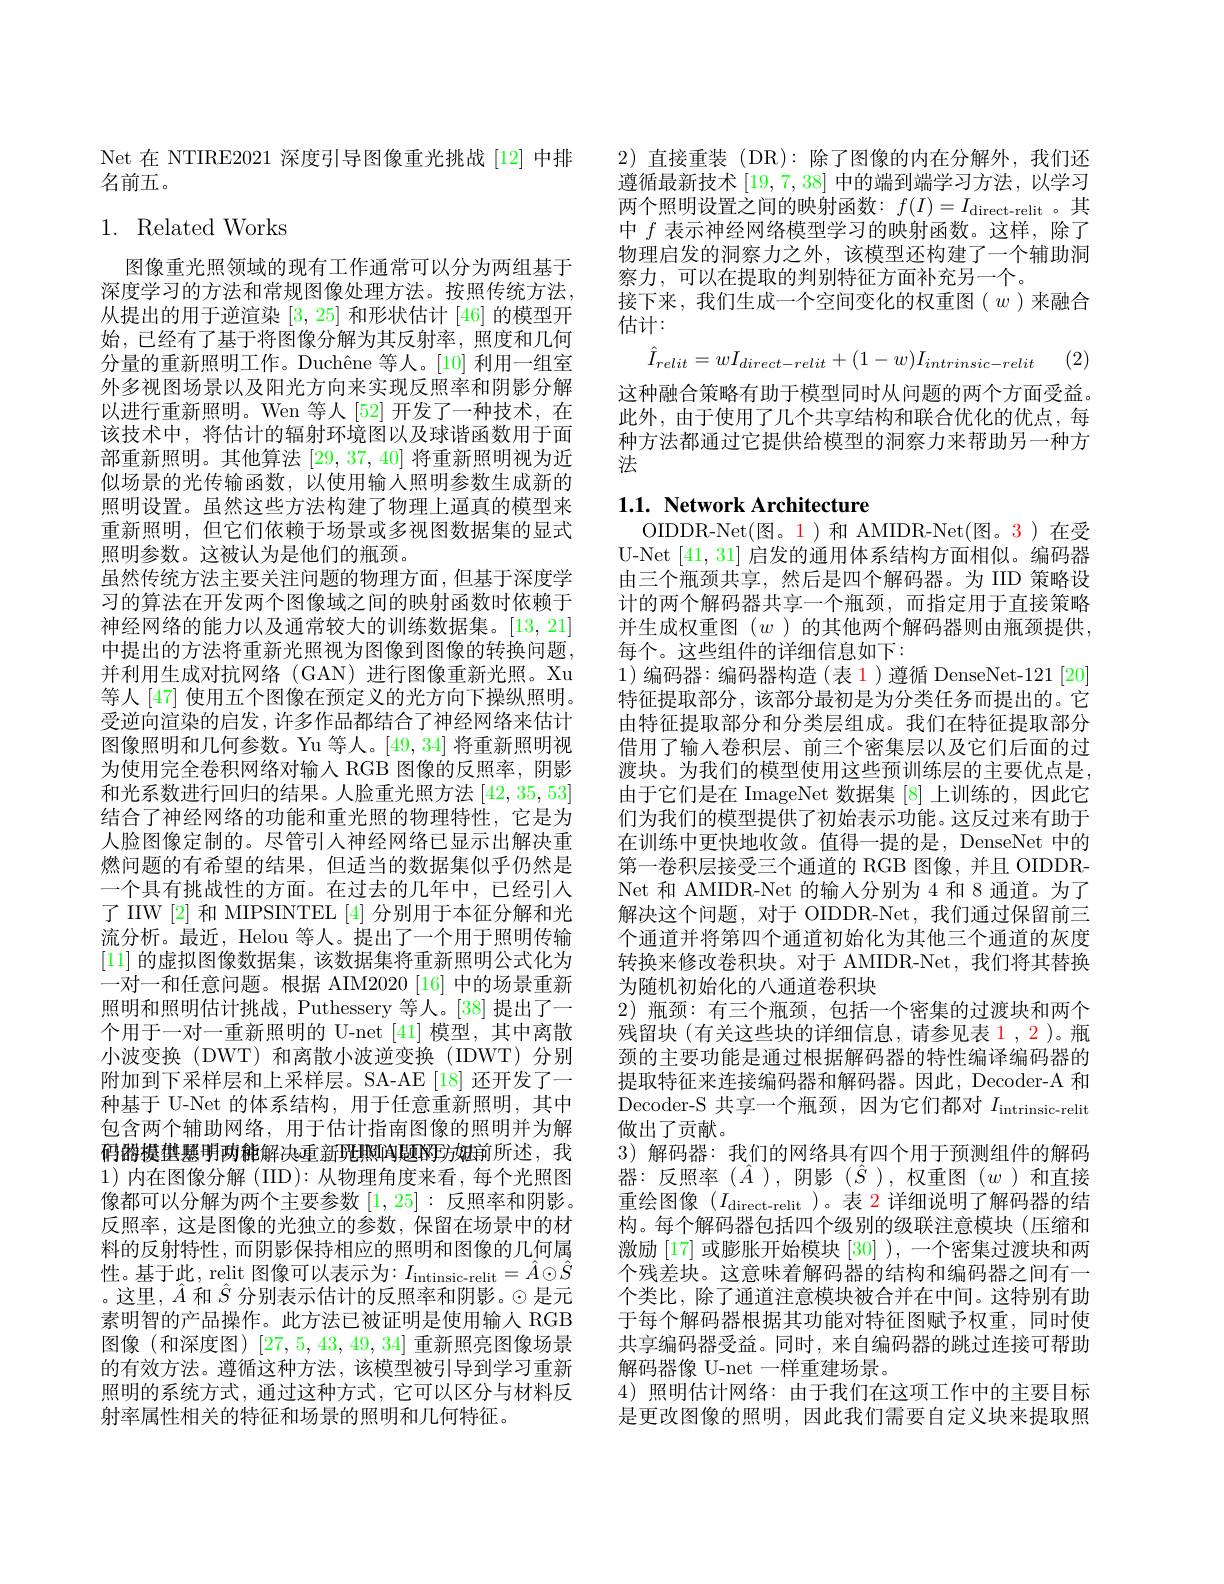
Net 在 NTIRE2021 深度引导图像重光挑战 [12] 中排
名前五。

## 1. Related Works

图像重光照领域的现有工作通常可以分为两组基于深度学习的方法和常规图像处理方法。按照传统方法， 从提出的用于逆渲染[3,25]和形状估计 [46] 的模型开始，已经有了基于将图像分解为其反射率，照度和几何分量的重新照明工作。Duchêne 等人。[10] 利用一组室外多视图场景以及阳光方向来实现反照率和阴影分解以进行重新照明。Wen 等人 [52] 开发了一种技术，在该技术中，将估计的辐射环境图以及球谐函数用于面部重新照明。其他算法[29,37,40]将重新照明视为近似场景的光传输函数，以使用输入照明参数生成新的照明设置。虽然这些方法构建了物理上逼真的模型来重新照明，但它们依赖于场景或多视图数据集的显式照明参数。这被认为是他们的瓶颈。
虽然传统方法主要关注问题的物理方面，但基于深度学习的算法在开发两个图像域之间的映射函数时依赖于神经网络的能力以及通常较大的训练数据集。[13,21] 中提出的方法将重新光照视为图像到图像的转换问题， 并利用生成对抗网络(GAN)进行图像重新光照。Xu 等人[47] 使用五个图像在预定义的光方向下操纵照明。受逆向渲染的启发，许多作品都结合了神经网络来估计图像照明和几何参数。Yu 等人。[49,34] 将重新照明视为使用完全卷积网络对输入 RGB 图像的反照率，阴影和光系数进行回归的结果。人脸重光照方法[42,35,53] 结合了神经网络的功能和重光照的物理特性，它是为人脸图像定制的。尽管引入神经网络已显示出解决重燃问题的有希望的结果，但适当的数据集似乎仍然是一个具有挑战性的方面。在过去的几年中，已经引入了 IIIW [2] 和 MIPSINTEL [4] 分别用于本征分解和光流分析。最近，Helou 等人。提出了一个用于照明传输[11]的虚拟图像数据集，该数据集将重新照明公式化为一对一和任意问题。根据 AIM2020 [16] 中的场景重新照明和照明估计挑战，Puthessery 等人。[38] 提出了一个用于一对一重新照明的 U-net [41] 模型，其中离散小波变换(DWT)和离散小波逆变换(IDWT)分别附加到下采样层和上采样层。SA-AE[18] 还开发了一种基于 U-Net 的体系结构，用于任意重新照明，其中包含两个辅助网络，用于估计指南图像的照明并为解$\begin{aligned}\text{鸻骼揍挫騾明两稚解决重新珖照间题的方姐前所述，我}\end{aligned}$ 1)内在图像分解 (IID): 从物理角度来看，每个光照图像都可以分解为两个主要参数[1,25]:反照率和阴影。反照率，这是图像的光独立的参数，保留在场景中的材料的反射特性，而阴影保持相应的照明和图像的几何属性。基于此，relit 图像可以表示为$:I_\mathrm{intinsic-relit}=\hat{A}\odot\hat{S}$ 。这里，$\hat{A}$和$\hat{S}$分别表示估计的反照率和阴影。$\odot$是元素明智的产品操作。此方法已被证明是使用输人 RGB 图像 (和深度图) [27,5,43,49,34]重新照亮图像场景的有效方法。遵循这种方法，该模型被引导到学习重新照明的系统方式，通过这种方式，它可以区分与材料反射率属性相关的特征和场景的照明和几何特征。

2)直接重装 (DR):除了图像的内在分解外，我们还遵循最新技术[19,7,38]中的端到端学习方法，以学习两个照明设置之间的映射函数$:f(I)=I_\mathrm{direct-relit}$。其中$f$表示神经网络模型学习的映射函数。这样，除了物理启发的洞察力之外，该模型还构建了一个辅助洞察力，可以在提取的判别特征方面补充另一个。
接下来，我们生成一个空间变化的权重图( $w$ )来融合
估计：
$$\hat{I}_{relit}=wI_{direct-relit}+(1-w)I_{intrinsic-relit}$$
(2)

这种融合策略有助于模型同时从问题的两个方面受益。此外，由于使用了几个共享结构和联合优化的优点，每种方法都通过它提供给模型的洞察力来帮助另一种方法

# $1. 1. \textbf{ Network Architecture}$

OIDDR-Net(图。1)和 AMIDR-Net(图。3)在受U-Net [41,31]启发的通用体系结构方面相似。编码器由三个瓶颈共享，然后是四个解码器。为 IID 策略设计的两个解码器共享一个瓶颈，而指定用于直接策略并生成权重图$(w$ )的其他两个解码器则由瓶颈提供， 每个。这些组件的详细信息如下：
1)编码器：编码器构造 (表 1)遵循 DenseNet-121 [20] 特征提取部分，该部分最初是为分类任务而提出的。它由特征提取部分和分类层组成。我们在特征提取部分借用了输人卷积层、前三个密集层以及它们后面的过渡块。为我们的模型使用这些预训练层的主要优点是， 由于它们是在 ImageNet 数据集 [8] 上训练的，因此它们为我们的模型提供了初始表示功能。这反过来有助于在训练中更快地收敛。值得一提的是，DenseNet 中的第一卷积层接受三个通道的 RGB 图像，并且 OIDDRNet 和 AMIDR-Net 的输入分别为 4 和 8 通道。为了解决这个问题，对于 OIDDR-Net,我们通过保留前三个通道并将第四个通道初始化为其他三个通道的灰度转换来修改卷积块。对于 AMIDR-Net, 我们将其替换为随机初始化的八通道卷积块
2)瓶颈：有三个瓶颈，包括一个密集的过渡块和两个残留块(有关这些块的详细信息，请参见表 1 , 2 )。瓶颈的主要功能是通过根据解码器的特性编译编码器的提取特征来连接编码器和解码器。因此，Decoder-A 和Decoder-S 共享一个瓶颈，因为它们都对$I_\mathrm{intrinsic-relit}$ 做出了贡献。
3)解码器：我们的网络具有四个用于预测组件的解码器：反照率($\hat{A}),阴影(\hat{S}),权重图(w)和直接$ 重绘图像$(I_\mathrm{direct-relit}$ )。表 2 详细说明了解码器的结构。每个解码器包括四个级别的级联注意模块(压缩和激励 [17] 或膨胀开始模块 [30] ), 一个密集过渡块和两个残差块。这意味着解码器的结构和编码器之间有一个类比，除了通道注意模块被合并在中间。这特别有助于每个解码器根据其功能对特征图赋予权重，同时使共享编码器受益。同时，来自编码器的跳过连接可帮助解码器像 U-net 一样重建场景。
4)照明估计网络：由于我们在这项工作中的主要目标是更改图像的照明，因此我们需要自定义块来提取照